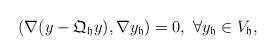
LaTeX: \begin{align*}(\nabla (y-\mathfrak{Q}_{\mathfrak{h}}y),\nabla y_{\mathfrak{h}})=0,~\forall y_{\mathfrak{h}}\in V_{\mathfrak{h}},\end{align*}